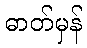
ဓာတ်မှန်